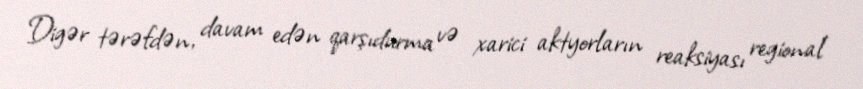
Digər tərəfdən, davam edən qarşıdurma və xarici aktyorların reaksiyası regional